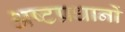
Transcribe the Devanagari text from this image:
अष्टप्रधानों